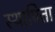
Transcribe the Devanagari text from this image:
स्थापिता